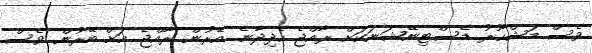
ވެސް މަޝްހޫރު ޑެސްޓިނޭޝަނަކަށް ރާއްޖެ ހެދިދާނެ. އޭރުން ރާއްޖެ އަށް ބޭރުން ވެސް